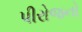
પીરોજનો